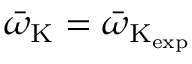
\bar { \omega } _ { \mathrm { K } } = \bar { \omega } _ { \mathrm { K _ { \mathrm { e x p } } } }